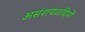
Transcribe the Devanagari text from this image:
असंशयवादियों